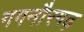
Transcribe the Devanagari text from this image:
गगनौरगढ़